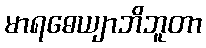
မာရဓေယျာဘိဘူတာ